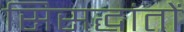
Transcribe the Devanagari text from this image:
सिसद्धांतों